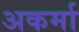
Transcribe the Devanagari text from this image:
अकर्मा